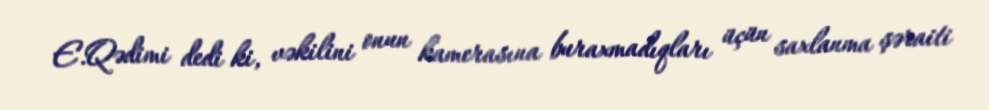
E.Qədimi dedi ki, vəkilini onun kamerasına buraxmadıqları üçün saxlanma şəraiti